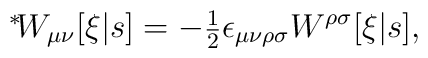
\mbox{\mbox{}$^*\!$} W_{\mu\nu}[\xi|s] = -\mbox{\small $\frac{1}{2}$}   \epsilon_{\mu\nu\rho\sigma} W^{\rho\sigma}[\xi|s],